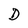
Character: D